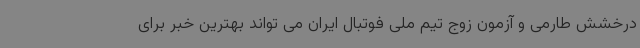
درخشش طارمی و آزمون زوج تیم ملی فوتبال ایران می تواند بهترین خبر برای